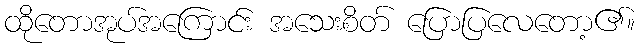
ထိုတောအုပ်အကြောင်း အသေးစိတ် ပြောပြလေတော့၏။